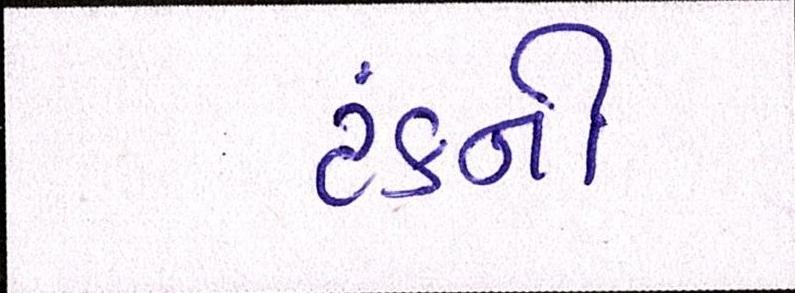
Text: ટંકની